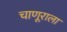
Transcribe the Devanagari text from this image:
चाणूराला